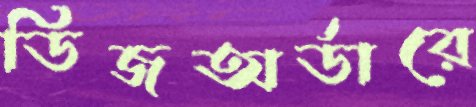
ডিজঅর্ডারে